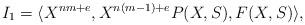
LaTeX: \begin{align*}I_{1}=\langle X^{nm+e},X^{n(m-1)+e}P(X,S),F(X,S)\rangle,\end{align*}